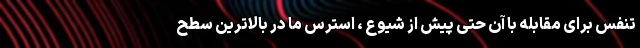
تنفس برای مقابله با آن حتی پیش از شیوع ، استرس ما در بالاترین سطح